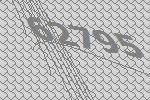
62795